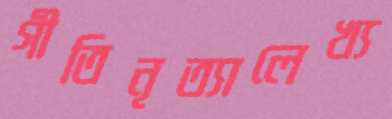
গীতিনৃত্যালেখ্য